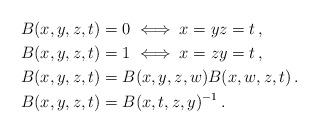
LaTeX: \begin{align*}B(x,y,z,t) &= 0 \iff x=y z = t \, , \\B(x,y,z,t) &= 1 \iff x = z y=t \, , \\B(x,y,z,t) &= B(x,y,z,w)B(x,w,z,t)\, . \\B(x,y,z,t) &= B(x,t,z,y)^{-1}\, . \end{align*}